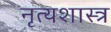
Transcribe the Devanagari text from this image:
नृत्‍यशास्‍त्र